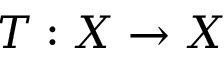
T : X \to X